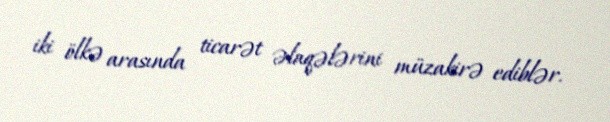
iki ölkə arasında ticarət əlaqələrini müzakirə ediblər.